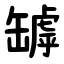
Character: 罅